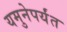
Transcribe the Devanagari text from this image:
यमुनेपर्यंत